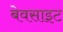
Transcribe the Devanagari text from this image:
बेवसाइट